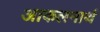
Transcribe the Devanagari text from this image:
आकलनार्थ